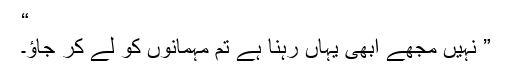
“
” نہیں مجھے ابھی یہاں رہنا ہے تم مہمانوں کو لے کر جاﺅ۔